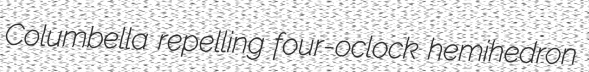
Columbella repelling four-oclock hemihedron